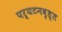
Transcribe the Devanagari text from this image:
पर्यटनवृत्त